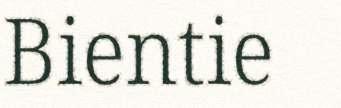
Bientie